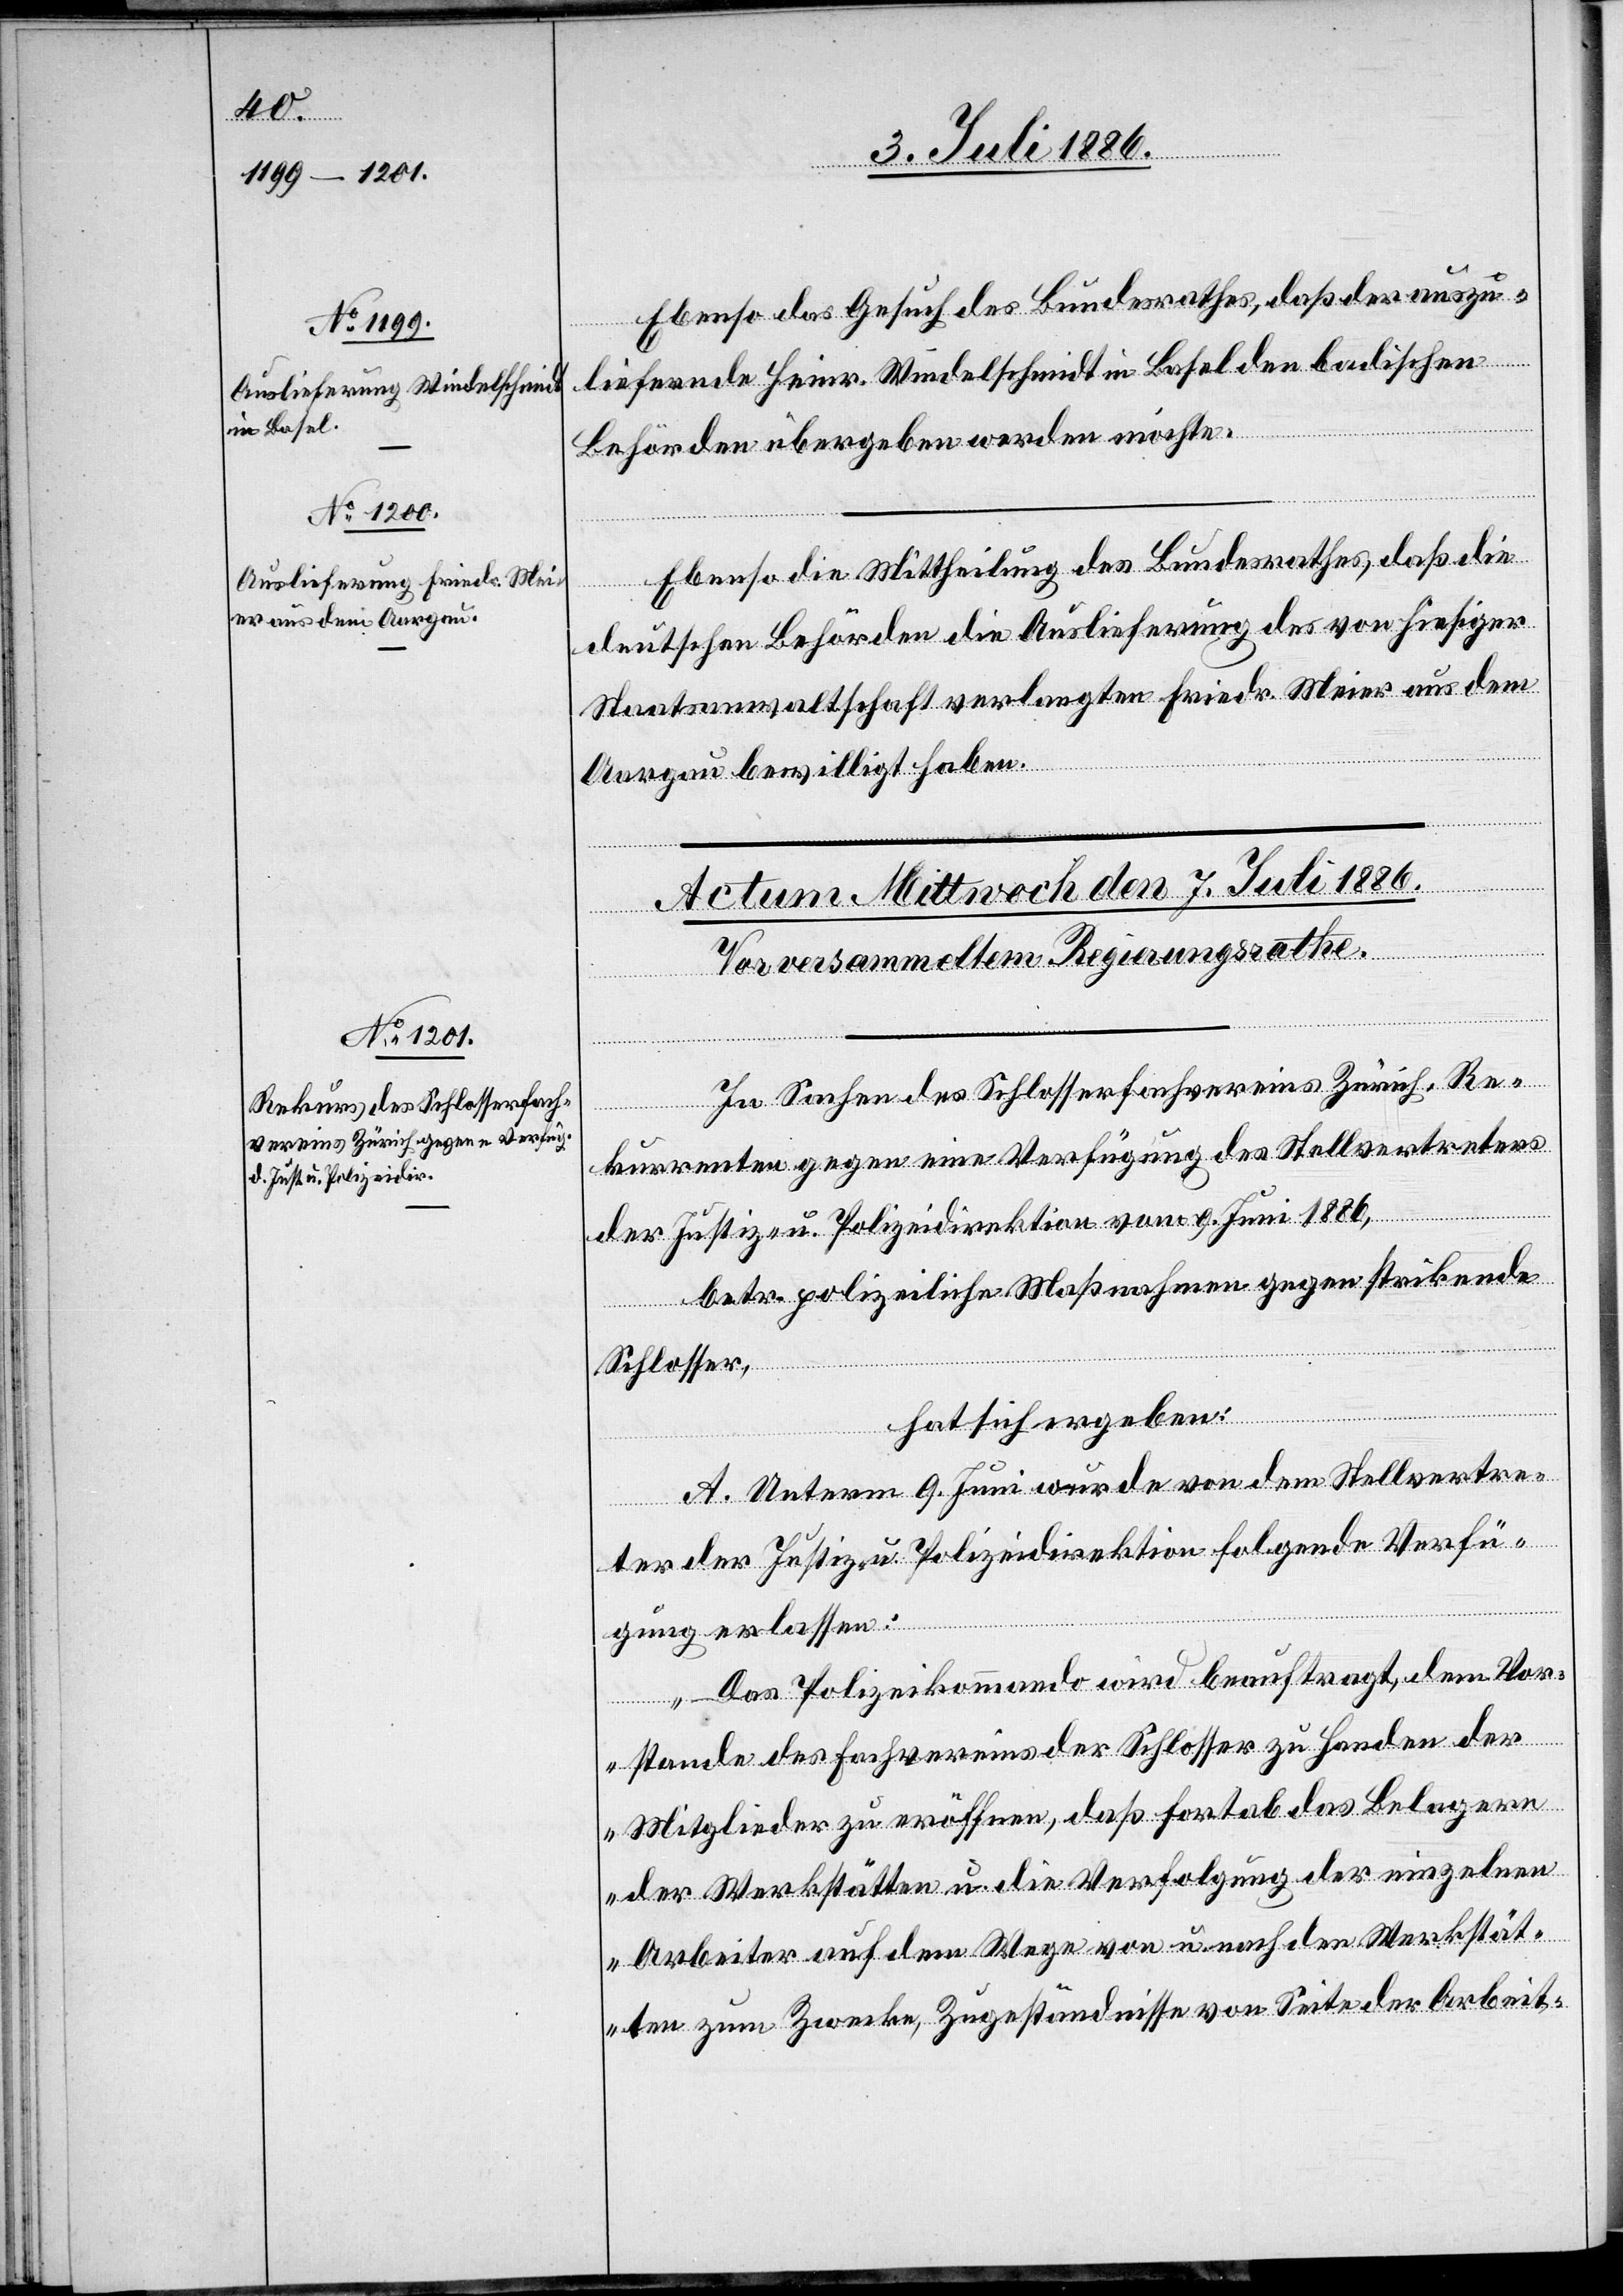
3. Juli 1886.]
Ebenso das Gesuch des Bundesrathes, daß der auszu¬
liefernde Heinr. Windelschmidt in Basel den badischen
Behörden übergeben werden möchte.
Ebenso die Mittheilung des Bundesrathes, daß die
deutschen Behörden die Auslieferung des von hiesiger
Staatsanwaltschaft verlangten Friedr. Meier aus dem
[Fortsetzung
Aargau bewilligt haben.
In Sachen des Schlosserfachvereins Zürich, Re¬
kurrenten gegen eine Verfügung des Stellvertreters
der Justiz- u. Polizeidirektion vom 9. Juni 1886,
betr. polizeiliche Maßnahmen gegen strikende
Schlosser,
hat sich ergeben:
A. Unterm 9. Juni wurde von dem Stellvertre¬
ter der Justiz- u. Polizeidirektion folgende Verfü¬
gung erlassen:
„Das Polizeikommando wird beauftragt, dem Vor¬
stande des Fachvereins der Schlosser zu Handen der
Mitglieder zu eröffnen, daß fortab das Belagern
der Werkstätten u. die Verfolgung der einzelnen
Arbeiter auf dem Wege von u. nach den Werkstät¬
ten zum Zwecke, Zugeständnisse von Seite der Arbeit-